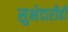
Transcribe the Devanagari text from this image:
सुभेदारीही